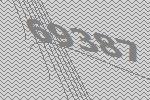
69387